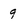
Character: 9